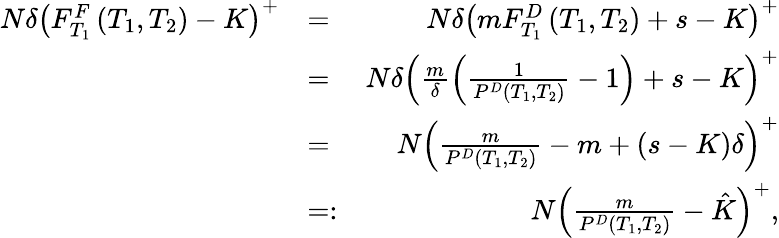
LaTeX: \begin{array}{rlr}{N\delta\left(F_{T_{1}}^{F}\left(T_{1},T_{2}\right)-K\right)^{+}}&{=}&{N\delta\left(mF_{T_{1}}^{D}\left(T_{1},T_{2}\right)+s-K\right)^{+}}\\ &{=}&{N\delta\left(\frac{m}{\delta}\left(\frac{1}{P^{D}(T_{1},T_{2})}-1\right)+s-K\right)^{+}}\\ &{=}&{N\left(\frac{m}{P^{D}(T_{1},T_{2})}-m+(s-K)\delta\right)^{+}}\\ &{=:}&{N\left(\frac{m}{P^{D}(T_{1},T_{2})}-\hat{K}\right)^{+},}\end{array}